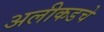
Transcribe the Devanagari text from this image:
अलीकडचे